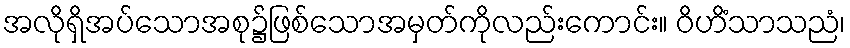
အလိုရှိအပ်သောအစု၌ဖြစ်သောအမှတ်ကိုလည်းကောင်း။ ဝိဟိံသာသညံ၊